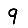
Digit: 9